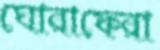
ঘোরাফেরা